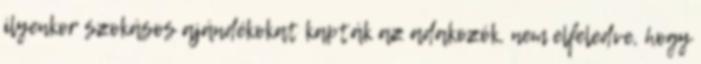
ilyenkor szokásos ajándékokat kapták az adakozók, nem elfeledve, hogy